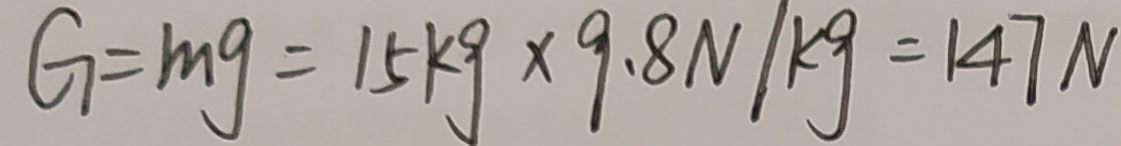
G = m g = 1 5 k g \times 9 . 8 N / k g = 1 4 7 N